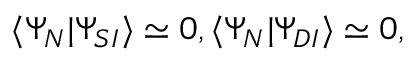
\langle \Psi _ { N } | \Psi _ { S I } \rangle \simeq 0 , \langle \Psi _ { N } | \Psi _ { D I } \rangle \simeq 0 ,